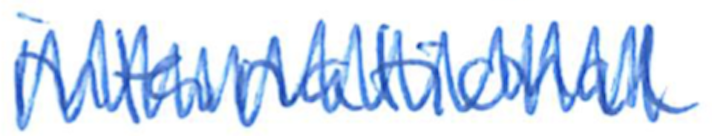
Text: international
Cross-out: zig-zag
Writing tool: ballpoint